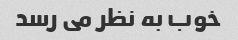
خوب به نظر می رسد